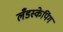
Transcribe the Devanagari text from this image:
लँडस्केपिंग